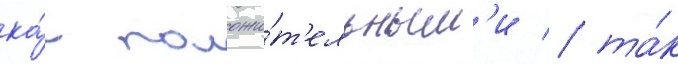
ка́к положи́т'ельным'и / та́к